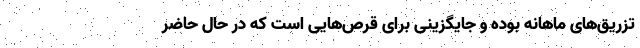
تزریق‌های ماهانه بوده و جایگزینی برای قرص‌هایی است که در حال حاضر